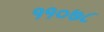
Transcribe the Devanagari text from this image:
११०७८